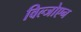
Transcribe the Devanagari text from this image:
विल्जोएन